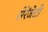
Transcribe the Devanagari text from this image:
सेरेंजेटी